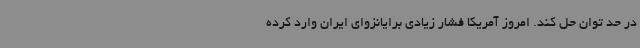
در حد توان حل کند. امروز آمریکا فشار زیادی برایانزوای ایران وارد کرده